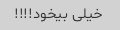
خیلی بیخود!!!!